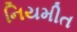
નિયમીત